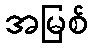
အမြစ်